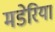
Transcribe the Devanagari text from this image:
मडेरिया